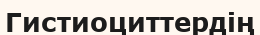
Гистиоциттердің